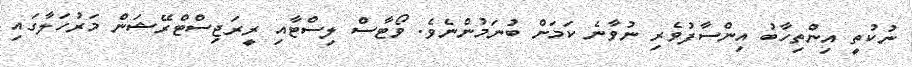
ނުކުތީ އިންތިހާބު އިންސާފުވެރި ނުވާނެ ކަމަށް ބުނަމުންނެވެ. ވޯޓާސް ލިސްޓާއި ރީރަޖިސްޓްރޭޝަން މަރުހަލާގައި